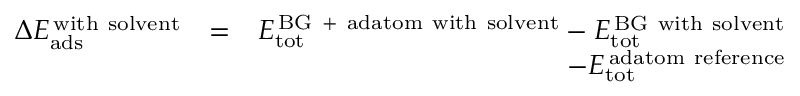
\begin{array} { r l r } { \Delta E _ { \mathrm { a d s } } ^ { \mathrm { \, w i t h \ s o l v e n t } } } & { = } & { E _ { \mathrm { t o t } } ^ { \mathrm { \, B G \ + \ a d a t o m \ w i t h \ s o l v e n t } } - E _ { \mathrm { t o t } } ^ { \mathrm { \, B G \ w i t h \ s o l v e n t } } } \\ & { } & { - E _ { \mathrm { t o t } } ^ { \mathrm { \, a d a t o m \ r e f e r e n c e } } } \end{array}